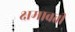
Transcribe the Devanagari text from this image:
क्षमावती